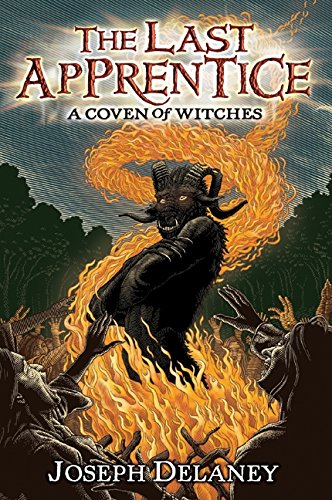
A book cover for The Last Apprentice: A Coven of Witches (Last Apprentice Short Fiction); Joseph Delaney; Teen & Young Adult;